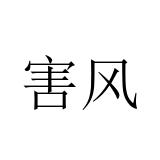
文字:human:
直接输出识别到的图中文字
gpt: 害风